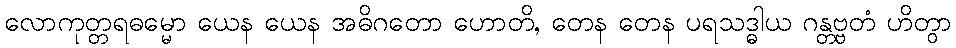
လောကုတ္တရဓမ္မော ယေန ယေန အဓိဂတော ဟောတိ, တေန တေန ပရသဒ္ဓါယ ဂန္တဗ္ဗတံ ဟိတွာ